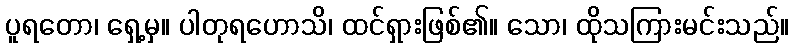
ပူရတော၊ ရှေ့မှ။ ပါတုရဟောသိ၊ ထင်ရှားဖြစ်၏။ သော၊ ထိုသကြားမင်းသည်။